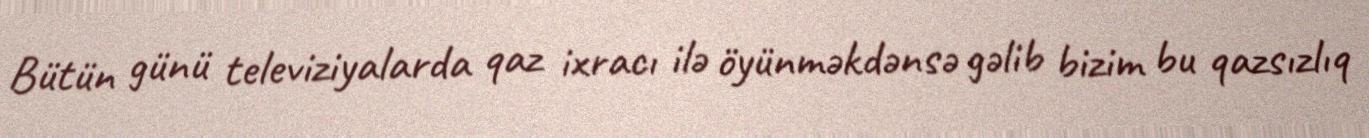
Bütün günü televiziyalarda qaz ixracı ilə öyünməkdənsə gəlib bizim bu qazsızlıq